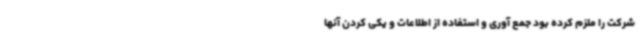
شرکت را ملزم کرده بود جمع آوری و استفاده از اطلاعات و یکی کردن آنها